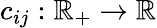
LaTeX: c_{ij}:\mathbb{R}_{+}\to\mathbb{R}